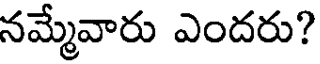
నమ్మేవారు ఎందరు?